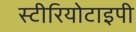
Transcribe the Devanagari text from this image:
स्‍टीरियोटाइपी